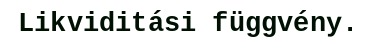
Likviditási függvény.